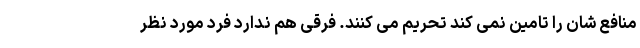
منافع شان را تامین نمی کند تحریم می کنند. فرقی هم ندارد فرد مورد نظر